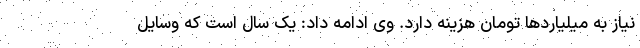
نیاز به میلیاردها تومان هزینه دارد. وی ادامه داد: یک سال است که وسایل